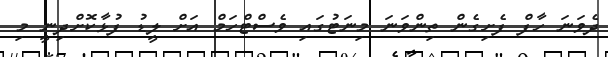
ދެވަނަ ހާފް ފެށިގެން ތިންވަނަ މިނަޓުގައި ވެސްޓްހަމް އަށް ލީޑު ފުޅާކޮށްދިނީ މި